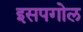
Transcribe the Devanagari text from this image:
इसपगोल